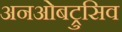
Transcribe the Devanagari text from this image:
अनओबट्रुसिव